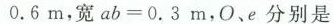
0.6m，宽ab=0.3m，0、e分别是